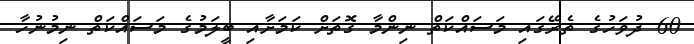
60 ދުވަހުގެ ތެރޭގައި މަސައްކަތް ނިންމާ ގޮތަށް ކަމަށާއި ބީލަމުގެ މަސައްކަތް ނިމުނުހާ